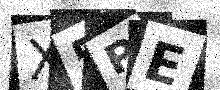
Text: X5PE